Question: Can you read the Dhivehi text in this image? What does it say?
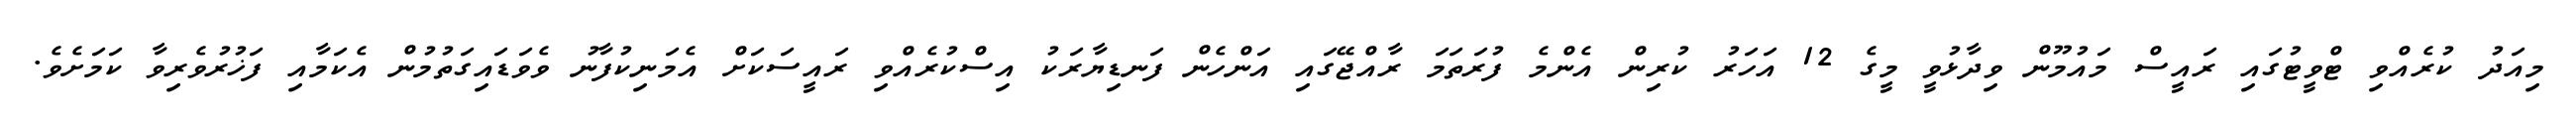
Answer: މިއަދު ކުރެއްވި ޓްވީޓުގައި ރައީސް މައުމޫން ވިދާޅުވީ މީގެ 12 އަހަރު ކުރިން އެންމެ ފުރަތަމަ ރާއްޖޭގައި އަންހެން ފަނޑިޔާރަކު އިސްކުރެއްވި ރައީސަކަށް އެމަނިކުފާނު ވެވަޑައިގަތުމުން އެކަމާއި ފަޚުރުވެރިވާ ކަމަށެވެ.